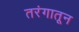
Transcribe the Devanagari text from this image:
तरंगातून